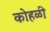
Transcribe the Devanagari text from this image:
कोहळी